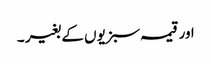
اور قیمہ سبزیوں کے بغیر ۔